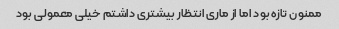
ممنون تازه بود اما از ماری انتظار بیشتری داشتم خیلی معمولی بود